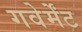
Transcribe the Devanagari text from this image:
गवेर्मेंट